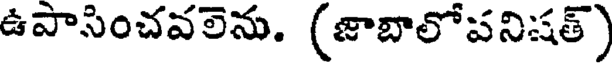
ఉపాసించవలెను. (జాబాలోపనిషత్)